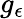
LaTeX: g_{\epsilon}